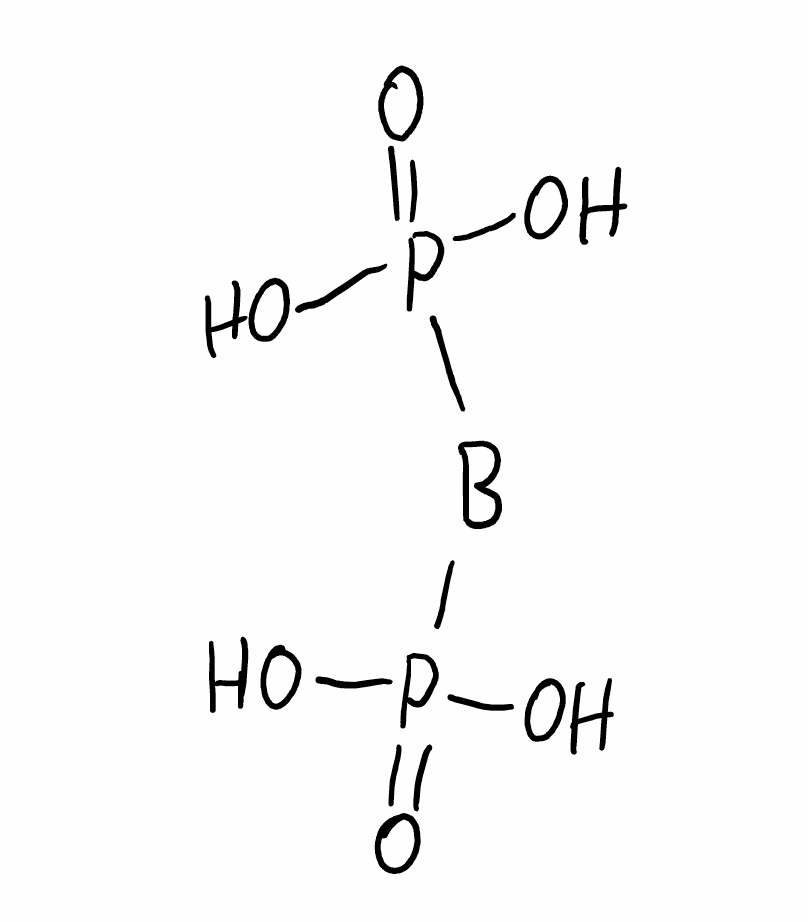
Simplified molecular-input line-entry system (SMILES) notation of the given molecule:
B(C(C)(C)C)(P(=O)(O)O)P(=O)(O)O